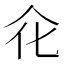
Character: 𠇃